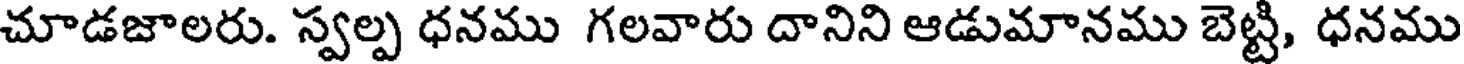
చూడజాలరు. స్వల్ప ధనము గలవారు దానిని ఆడుమానము బెట్టి, ధనము